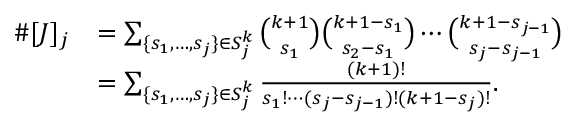
\begin{array} { r l } { \# [ J ] _ { j } } & { = \sum _ { \{ s _ { 1 } , \ldots , s _ { j } \} \in S _ { j } ^ { k } } { \binom { k + 1 } { s _ { 1 } } } { \binom { k + 1 - s _ { 1 } } { s _ { 2 } - s _ { 1 } } } \cdots { \binom { k + 1 - s _ { j - 1 } } { s _ { j } - s _ { j - 1 } } } } \\ & { = \sum _ { \{ s _ { 1 } , \ldots , s _ { j } \} \in S _ { j } ^ { k } } \frac { ( k + 1 ) ! } { s _ { 1 } ! \cdots ( s _ { j } - s _ { j - 1 } ) ! ( k + 1 - s _ { j } ) ! } . } \end{array}